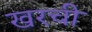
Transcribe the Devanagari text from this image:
खरची